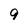
Character: 9